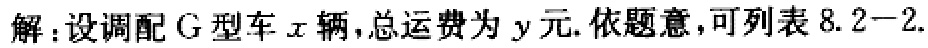
解：设调配G型车\(x\)辆，总运费为\(y\)元. 依题意，可列表\(8.2 - 2.\)